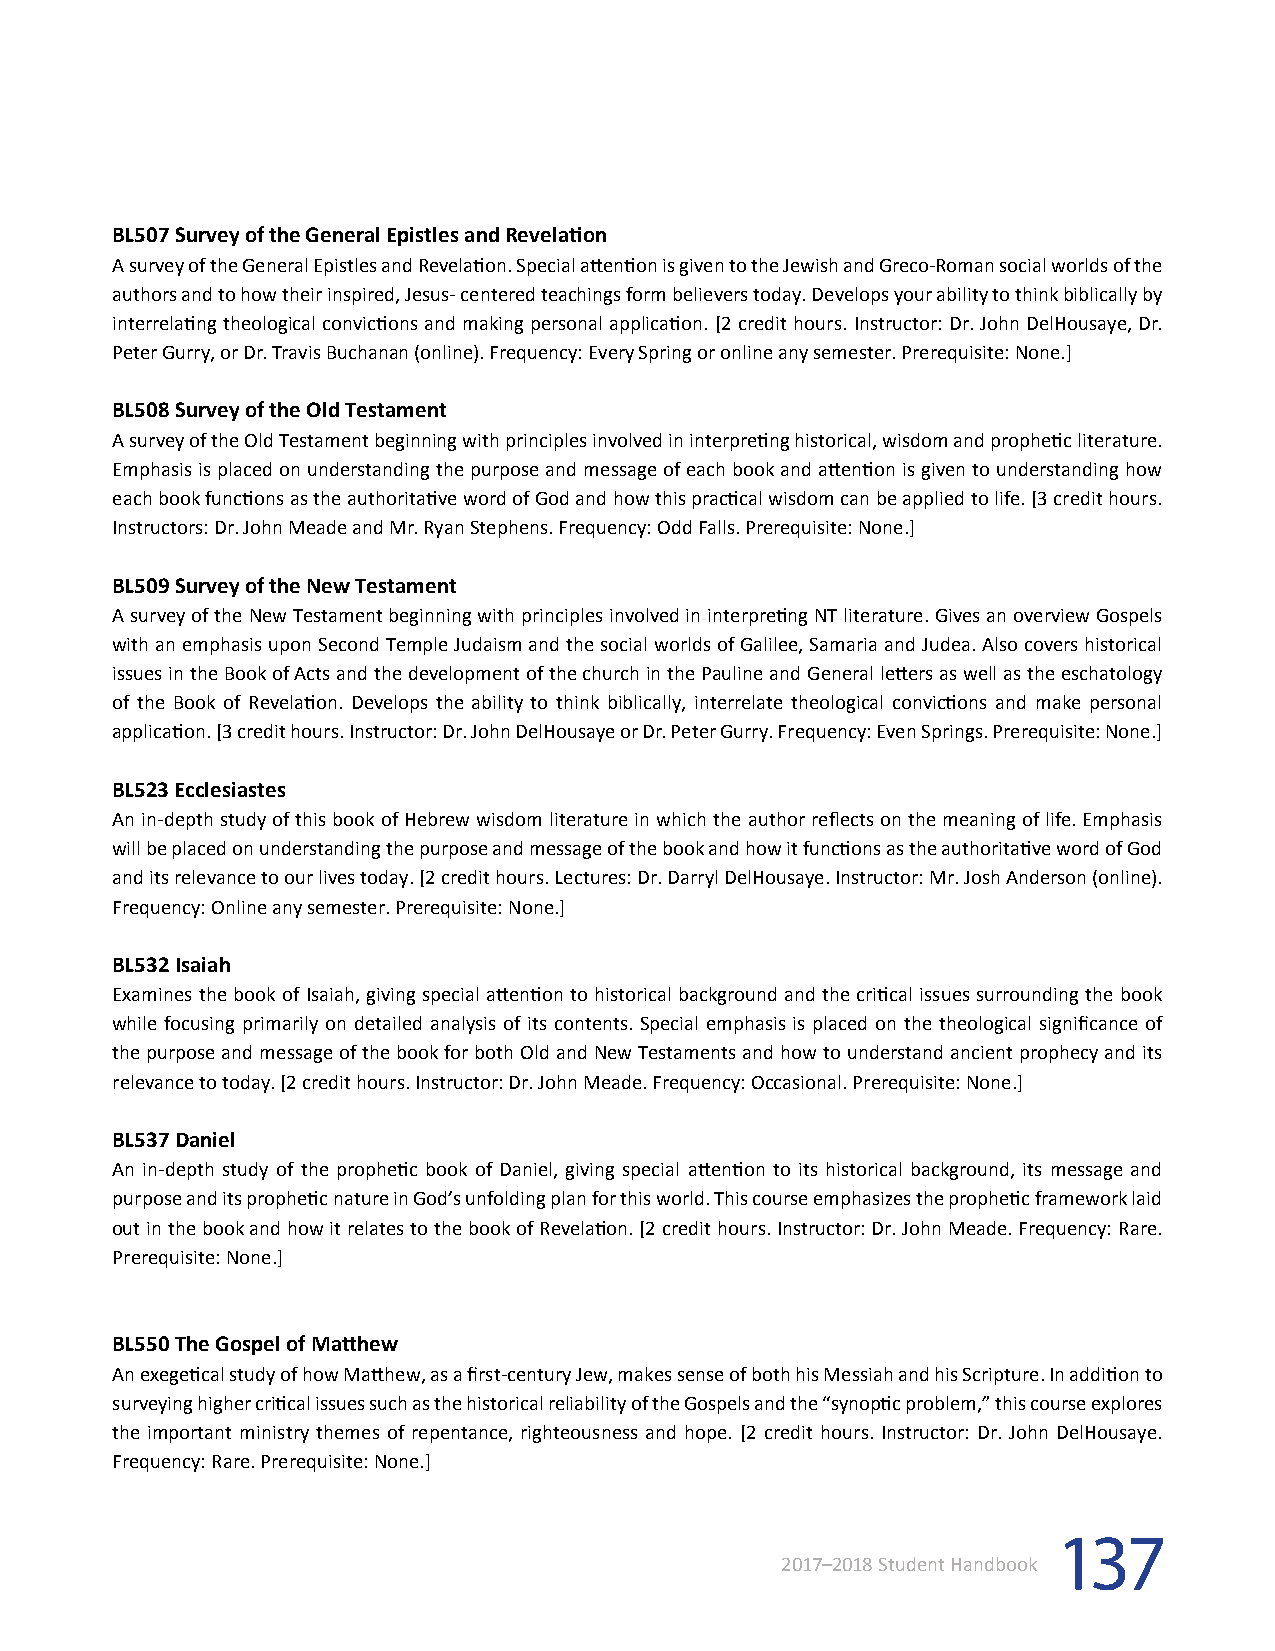
BL507 Survey of the General Epistles and Revelation
 A survey of the General Epistles and Revelation. Special attention is given to the Jewish and Greco-Roman social worlds of the
 authors and to how their inspired, Jesus- centered teachings form believers today. Develops your ability to think biblically by
 interrelating theological convictions and making personal application. [2 credit hours. Instructor: Dr. John DelHousaye, Dr.
 Peter Gurry, or Dr. Travis Buchanan (online). Frequency: Every Spring or online any semester. Prerequisite: None.]
 BL508 Survey of the Old Testament
 A survey of the Old Testament beginning with principles involved in interpreting historical, wisdom and prophetic literature.
 Emphasis is placed on understanding the purpose and message of each book and attention is given to understanding how
 each book functions as the authoritative word of God and how this practical wisdom can be applied to life. [3 credit hours.
 Instructors: Dr. John Meade and Mr. Ryan Stephens. Frequency: Odd Falls. Prerequisite: None.]
 BL509 Survey of the New Testament
 A survey of the New Testament beginning with principles involved in interpreting NT literature. Gives an overview Gospels
 with an emphasis upon Second Temple Judaism and the social worlds of Galilee, Samaria and Judea. Also covers historical
 issues in the Book of Acts and the development of the church in the Pauline and General letters as well as the eschatology
 of the Book of Revelation. Develops the ability to think biblically, interrelate theological convictions and make personal
 application. [3 credit hours. Instructor: Dr. John DelHousaye or Dr. Peter Gurry. Frequency: Even Springs. Prerequisite: None.]
 BL523 Ecclesiastes
 An in-depth study of this book of Hebrew wisdom literature in which the author reflects on the meaning of life. Emphasis
 will be placed on understanding the purpose and message of the book and how it functions as the authoritative word of God
 and its relevance to our lives today. [2 credit hours. Lectures: Dr. Darryl DelHousaye. Instructor: Mr. Josh Anderson (online).
 Frequency: Online any semester. Prerequisite: None.]
 BL532 Isaiah
 Examines the book of Isaiah, giving special attention to historical background and the critical issues surrounding the book
 while focusing primarily on detailed analysis of its contents. Special emphasis is placed on the theological significance of
 the purpose and message of the book for both Old and New Testaments and how to understand ancient prophecy and its
 relevance to today. [2 credit hours. Instructor: Dr. John Meade. Frequency: Occasional. Prerequisite: None.]
 BL537 Daniel
 An in-depth study of the prophetic book of Daniel, giving special attention to its historical background, its message and
 purpose and its prophetic nature in God’s unfolding plan for this world. This course emphasizes the prophetic framework laid
 out in the book and how it relates to the book of Revelation. [2 credit hours. Instructor: Dr. John Meade. Frequency: Rare.
 Prerequisite: None.]
 BL550 The Gospel of Matthew
 An exegetical study of how Matthew, as a first-century Jew, makes sense of both his Messiah and his Scripture. In addition to
 surveying higher critical issues such as the historical reliability of the Gospels and the “synoptic problem,” this course explores
 the important ministry themes of repentance, righteousness and hope. [2 credit hours. Instructor: Dr. John DelHousaye.
 Frequency: Rare. Prerequisite: None.]
 137
 2017–2018 Student Handbook